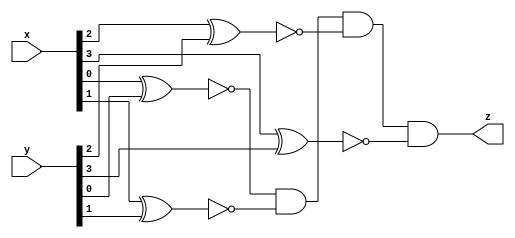
 module Comparator1
(
 input wire [3:0] x,y,
 output wire z
);
wire a0,a1,a2,a3; 

xnor (a0,x[0],y[0] );
xnor (a1,x[1],y[1] );
xnor (a2,x[2],y[2] );
xnor (a3,x[3],y[3] );
and (z,a0,a1,a2,a3 );


endmodule